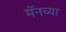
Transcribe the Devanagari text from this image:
मॅनच्या